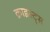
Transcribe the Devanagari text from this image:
क्राइस्ट्स